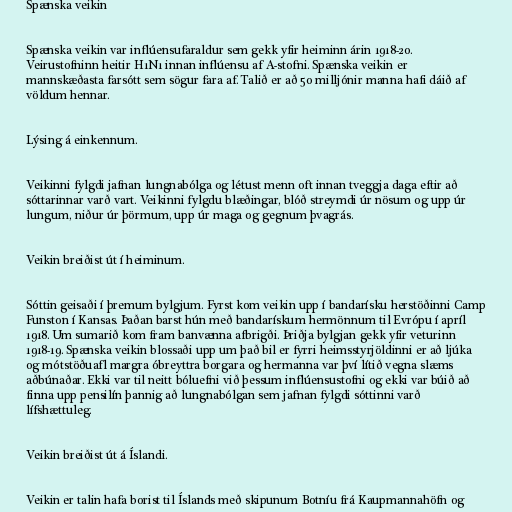
Spænska veikin

Spænska veikin var inflúensufaraldur sem gekk yfir heiminn árin 1918-20.
Veirustofninn heitir H1N1 innan inflúensu af A-stofni. Spænska veikin er
mannskæðasta farsótt sem sögur fara af. Talið er að 50 milljónir manna hafi dáið af
völdum hennar.

Lýsing á einkennum.

Veikinni fylgdi jafnan lungnabólga og létust menn oft innan tveggja daga eftir að
sóttarinnar varð vart. Veikinni fylgdu blæðingar, blóð streymdi úr nösum og upp úr
lungum, niður úr þörmum, upp úr maga og gegnum þvagrás.

Veikin breiðist út í heiminum.

Sóttin geisaði í þremum bylgjum. Fyrst kom veikin upp í bandarísku herstöðinni Camp
Funston í Kansas. Þaðan barst hún með bandarískum hermönnum til Evrópu í apríl
1918. Um sumarið kom fram banvænna afbrigði. Þriðja bylgjan gekk yfir veturinn
1918-19. Spænska veikin blossaði upp um það bil er fyrri heimsstyrjöldinni er að ljúka
og mótstöðuafl margra óbreyttra borgara og hermanna var því lítið vegna slæms
aðbúnaðar. Ekki var til neitt bóluefni við þessum inflúensustofni og ekki var búið að
finna upp pensilín þannig að lungnabólgan sem jafnan fylgdi sóttinni varð
lífshættuleg.

Veikin breiðist út á Íslandi.

Veikin er talin hafa borist til Íslands með skipunum Botníu frá Kaupmannahöfn og